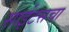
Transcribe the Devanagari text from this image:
साईटसचा